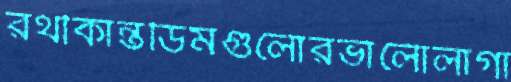
রথীকান্তডিমগুলোরভালোলাগা